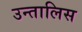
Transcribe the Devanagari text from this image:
उन्तालिस